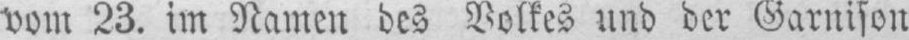
vom 23. im Namen des Volkes und der Garnison